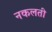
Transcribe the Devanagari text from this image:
नकलती